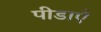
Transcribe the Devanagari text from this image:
पीडाएँ